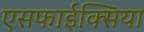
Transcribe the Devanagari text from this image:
एसफाईक्सिया